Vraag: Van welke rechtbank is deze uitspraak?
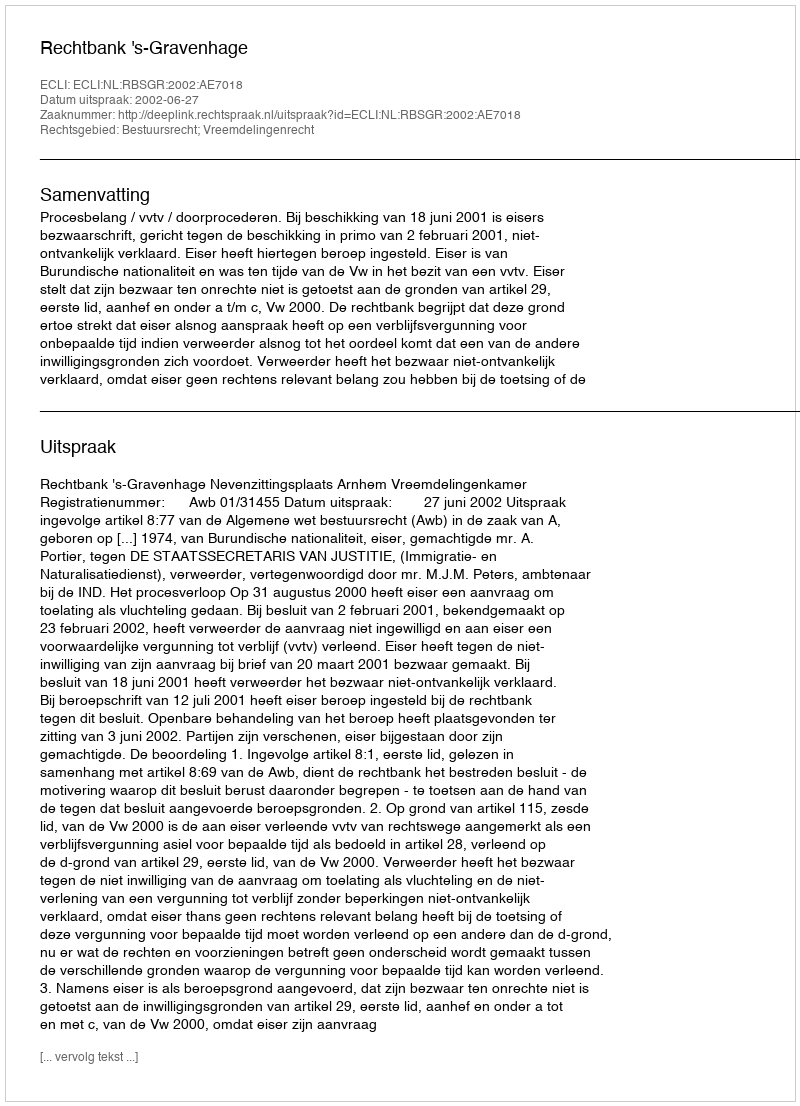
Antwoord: Rechtbank 's-Gravenhage